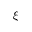
\xi